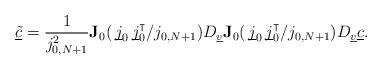
LaTeX: \begin{align*} \underline{\tilde{c}} = \frac{1}{j_{0,N+1}^2}\mathbf{J}_0(\, \underline{\smash{j}}_0\,\underline{\smash{j}}_0^\intercal/j_{0,N+1} ) D_{\underline{v}} \mathbf{J}_0(\, \underline{\smash{j}}_0\,\underline{\smash{j}}_0^\intercal/j_{0,N+1} ) D_{\underline{v}}\underline{c}.\end{align*}